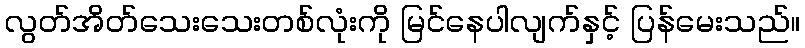
လွတ်အိတ်သေးသေးတစ်လုံးကို မြင်နေပါလျက်နှင့် ပြန်မေးသည်။